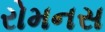
રોમનસ